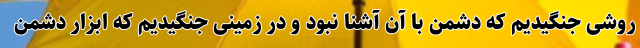
روشی جنگیدیم که دشمن با آن آشنا نبود و در زمینی جنگیدیم که ابزار دشمن